Rangoon Lunatic Asylum 1893-1897 - 1893-1897
Year: 1893
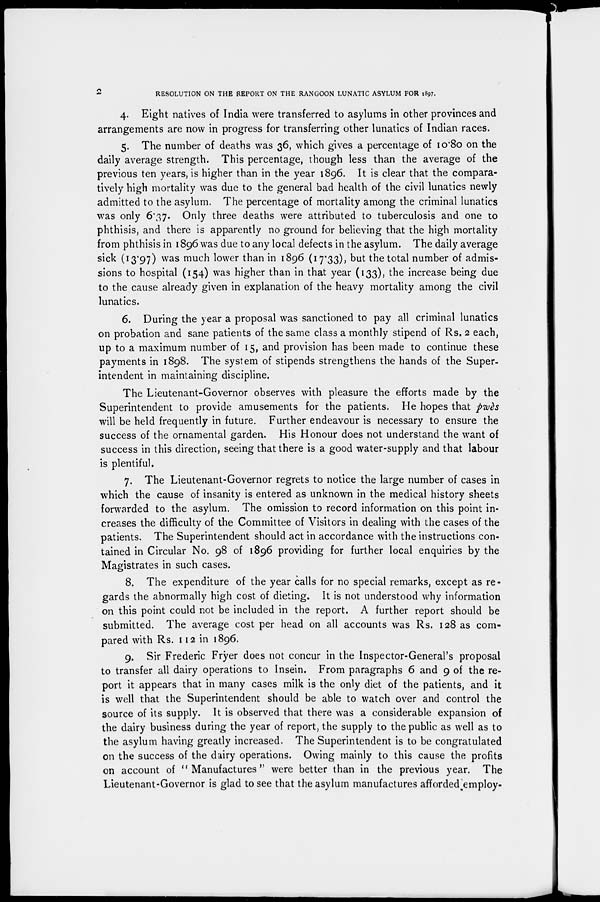
2
RESOLUTION ON THE REPORT ON THE RANGOON LUNATIC ASYLUM FOR 1897.
4. Eight natives of India were transferred to asylums in other provinces and
arrangements are now in progress for transferring other lunatics of Indian races.
5. The number of deaths was 36, which gives a percentage of 10.80 on the
daily average strength. This percentage, though less than the average of the
previous ten years, is higher than in the year 1896. It is clear that the compara-
tively high mortality was due to the general bad health of the civil lunatics newly
admitted to the asylum. The percentage of mortality among the criminal lunatics
was only 6.37. Only three deaths were attributed to tuberculosis and one to
phthisis, and there is apparently no ground for believing that the high mortality
from phthisis in 1896 was due to any local defects in the asylum. The daily average
sick (13.97) was much lower than in 1896 (17.33), but the total number of admis-
sions to hospital (154) was higher than in that year (133), the increase being due
to the cause already given in explanation of the heavy mortality among the civil
lunatics.
6. During the year a proposal was sanctioned to pay all criminal lunatics
on probation and sane patients of the same class a monthly stipend of Rs. 2 each,
up to a maximum number of 15, and provision has been made to continue these
payments in 1898. The system of stipends strengthens the hands of the Super-
intendent in maintaining discipline.
The Lieutenant-Governor observes with pleasure the efforts made by the
Superintendent to provide amusements for the patients. He hopes that pwès
will be held frequently in future. Further endeavour is necessary to ensure the
success of the ornamental garden. His Honour does not understand the want of
success in this direction, seeing that there is a good water-supply and that labour
is plentiful.
7. The Lieutenant-Governor regrets to notice the large number of cases in
which the cause of insanity is entered as unknown in the medical history sheets
forwarded to the asylum. The omission to record information on this point in-
creases the difficulty of the Committee of Visitors in dealing with the cases of the
patients. The Superintendent should act in accordance with the instructions con-
tained in Circular No. 98 of 1896 providing for further local enquiries by the
Magistrates in such cases.
8. The expenditure of the year calls for no special remarks, except as re-
gards the abnormally high cost of dieting. It is not understood why information
on this point could not be included in the report. A further report should be
submitted. The average cost per head on all accounts was Rs. 128 as com-
pared with Rs. 112 in 1896.
9. Sir Frederic Fryer does not concur in the Inspector-General's proposal
to transfer all dairy operations to Insein. From paragraphs 6 and 9 of the re-
port it appears that in many cases milk is the only diet of the patients, and it
is well that the Superintendent should be able to watch over and control the
source of its supply. It is observed that there was a considerable expansion of
the dairy business during the year of report, the supply to the public as well as to
the asylum having greatly increased. The Superintendent is to be congratulated
on the success of the dairy operations. Owing mainly to this cause the profits
on account of " Manufactures" were better than in the previous year. The
Lieutenant-Governor is glad to see that the asylum manufactures afforded employ-